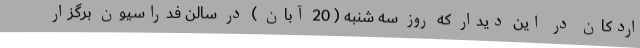
اردکان در این دیدار که روز سه شنبه ( 20 آبان ) در سالن فدراسیون برگزار